Assam Mental Hospital (Tezpur, India) - 1933-1948
Year: 1933
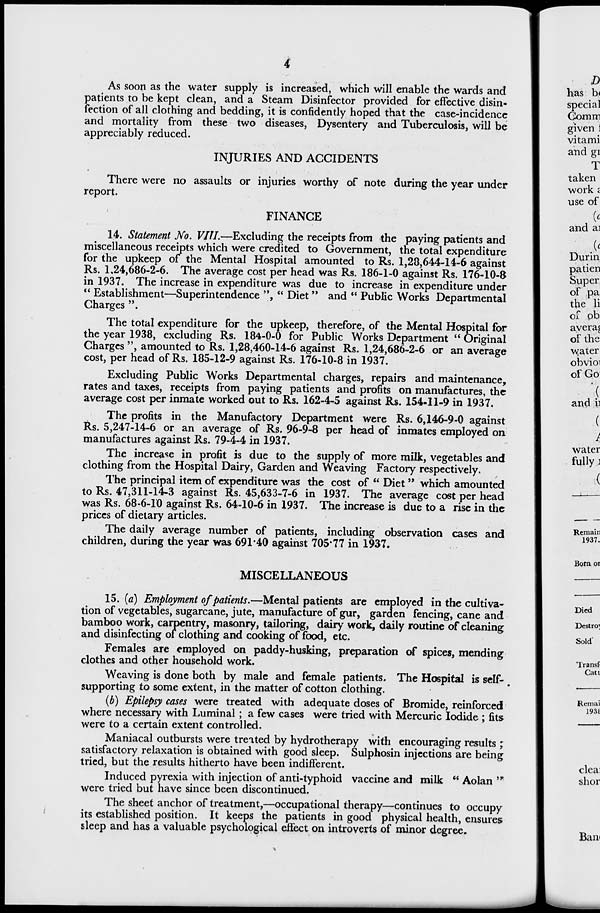
4
As soon as the water supply is increased, which will enable the wards and
patients to be kept clean, and a Steam Disinfector provided for effective disin-
fection of all clothing and bedding, it is confidently hoped that the case-incidence
and mortality from these two diseases, Dysentery and Tuberculosis, will be
appreciably reduced.
INJURIES AND ACCIDENTS
There were no assaults or injuries worthy of note during the year under
report.
FINANCE
14. Statement No. VIII.—Excluding the receipts from the paying patients and
miscellaneous receipts which were credited to Government, the total expenditure
for the upkeep of the Mental Hospital amounted to Rs. 1,28,644-14-6 against
Rs. 1,24,686-2-6. The average cost per head was Rs. 186-1-0 against Rs. 176-10-8
in 1937. The increase in expenditure was due to increase in expenditure under
" Establishment—Superintendence ", " Diet" and " Public Works Departmental
Charges ".
The total expenditure for the upkeep, therefore, of the Mental Hospital for
the year 1938, excluding Rs. 184-0-0 for Public Works Department " Original
Charges ", amounted to Rs. 1,28,460-14-6 against Rs. 1,24,686-2-6 or an average
cost, per head of Rs. 185-12-9 against Rs. 176-10-8 in 1937.
Excluding Public Works Departmental charges, repairs and maintenance,
rates and taxes, receipts from paying patients and profits on manufactures, the
average cost per inmate worked out to Rs. 162-4-5 against Rs. 154-11-9 in 1937.
The profits in the Manufactory Department were Rs. 6,146-9-0 against
Rs. 5,247-14-6 or an average of Rs. 96-9-8 per head of inmates employed on
manufactures against Rs. 79-4-4 in 1937.
The increase in profit is due to the supply of more milk, vegetables and
clothing from the Hospital Dairy, Garden and Weaving Factory respectively.
The principal item of expenditure was the cost of " Diet" which amounted
to Rs. 47,311-14-3 against Rs. 45,633-7-6 in 1937. The average cost per head
was Rs. 68-6-10 against Rs. 64-10-6 in 1937. The increase is due to a rise in the
prices of dietary articles.
The daily average number of patients, including observation cases and
children, during the year was 691.40 against 705.77 in 1937.
MISCELLANEOUS
15. (a) Employment of patients.—Mental patients are employed in the cultiva-
tion of vegetables, sugarcane, jute, manufacture of gur, garden fencing, cane and
bamboo work, carpentry, masonry, tailoring, dairy work, daily routine of cleaning
and disinfecting of clothing and cooking of food, etc.
Females are employed on paddy-husking, preparation of spices, mending
clothes and other household work.
Weaving is done both by male and female patients. The Hospital is self-
supporting to some extent, in the matter of cotton clothing.
(b) Epilepsy cases were treated with adequate doses of Bromide, reinforced
where necessary with Luminal; a few cases were tried with Mercuric Iodide; fits
were to a certain extent controlled.
Maniacal outbursts were treated by hydrotherapy with encouraging results ;
satisfactory relaxation is obtained with good sleep. Sulphosin injections are being
tried, but the results hitherto have been indifferent.
Induced pyrexia with injection of anti-typhoid vaccine and milk " Aolan "
were tried but have since been discontinued.
The sheet anchor of treatment,—occupational therapy—continues to occupy
its established position. It keeps the patients in good physical health, ensures
sleep and has a valuable psychological effect on introverts of minor degree.